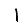
Digit: 1